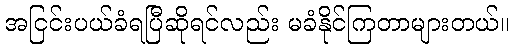
အငြင်းပယ်ခံရပြီဆိုရင်လည်း မခံနိုင်ကြတာများတယ်။